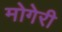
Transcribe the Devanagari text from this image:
मोगेरी